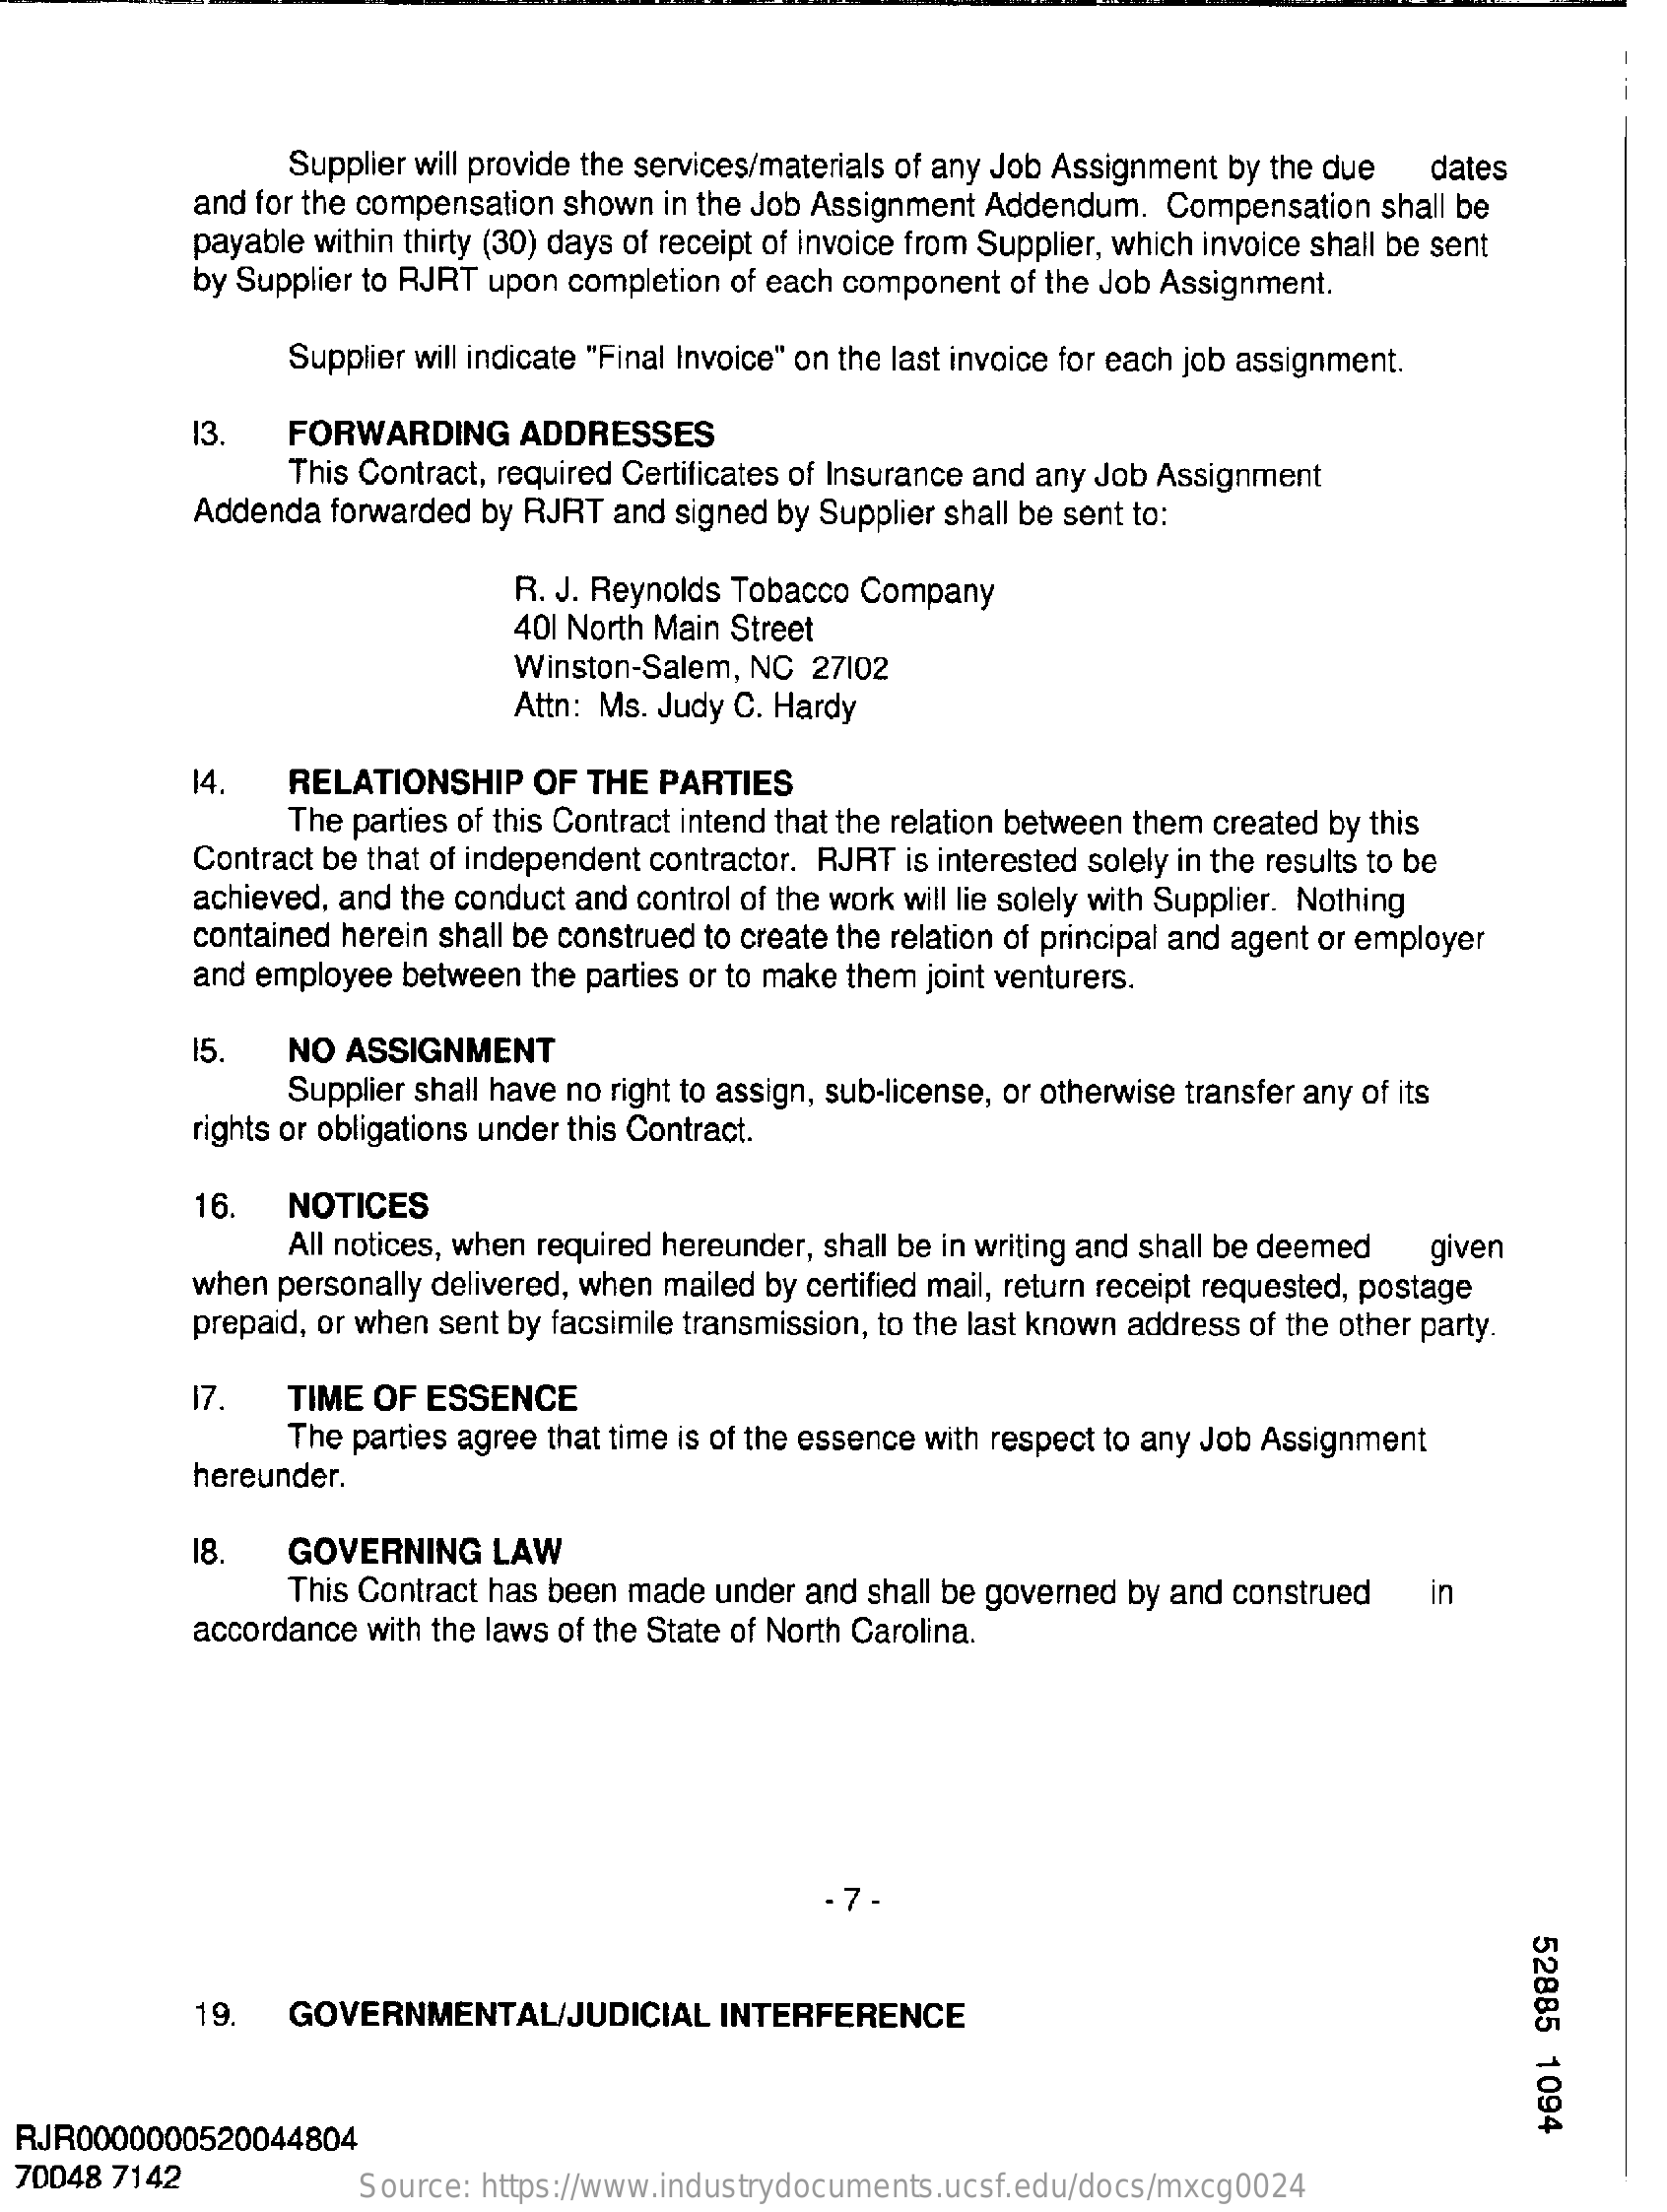
Supplier will provide the services/materials of any Job Assignment by the due dates
     and for the compensation shown in the Job Assignment Addendum. Compensation shall be
     payable within thirty (30) days of receipt of invoice from Supplier, which invoice shall be sent
     by Supplier to RJRT upon completion of each component of the Job Assignment.
     Supplier will indicate "Final Invoice" on the last invoice for each job assignment.
     13.   FORWARDING    ADDRESSES
     This Contract, required Certificates of Insurance and any Job Assignment
     Addenda  forwarded by RJRT and signed by Supplier shall be sent to:
     R. J. Reynolds Tobacco Company
     401 North Main Street
     Winston-Salem, NC  27102
     Attn: Ms. Judy C. Hardy
     14.   RELATIONSHIP   OF  THE PARTIES
     The parties of this Contract intend that the relation between them created by this
     Contract be that of independent contractor. RJRT is interested solely in the results to be
     achieved, and the conduct and control of the work will lie solely with Supplier. Nothing
     contained herein shall be construed to create the relation of principal and agent or employer
     and employee between the parties or to make them joint venturers.
     15.   NO ASSIGNMENT
     Supplier shall have no right to assign, sub-license, or otherwise transfer any of its
     rights or obligations under this Contract.
     16.   NOTICES
     All notices, when required hereunder, shall be in writing and shall be deemed given
     when personally delivered, when mailed by certified mail, return receipt requested, postage
     prepaid, or when sent by facsimile transmission, to the last known address of the other party.
     17.   TIME OF  ESSENCE
     The parties agree that time is of the essence with respect to any Job Assignment
     hereunder.
     18.   GOVERNING    LAW
     This Contract has been made under and shall be governed by and construed in
     accordance with the laws of the State of North Carolina.
     52885
     1094
     19.   GOVERNMENTAL/JUDICIAL    INTERFERENCE
  RJR0000000520044804
  70048 7142    Source: https://www.industrydocuments.ucsf.edu/docs/mxcg0024